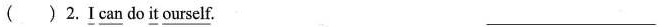
( ) 2.\underline{I} \underline{can} do \underline{it} \underline{ourself}. ___